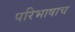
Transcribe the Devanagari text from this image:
परिभाषाच